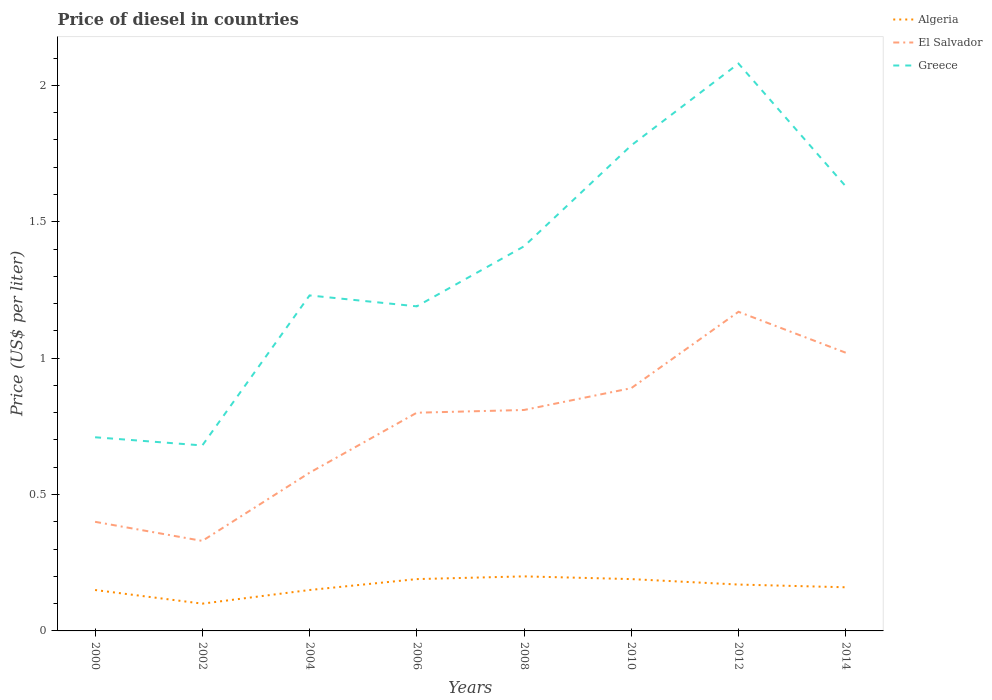
| Years | Algeria | El Salvador | Greece |
 | --- | --- | --- | --- |
 | 2000 | 0.15 | 0.4 | 0.71 |
 | 2002 | 0.1 | 0.33 | 0.68 |
 | 2004 | 0.15 | 0.58 | 1.23 |
 | 2006 | 0.19 | 0.8 | 1.19 |
 | 2008 | 0.2 | 0.81 | 1.41 |
 | 2010 | 0.19 | 0.89 | 1.78 |
 | 2012 | 0.17 | 1.17 | 2.08 |
 | 2014 | 0.16 | 1.02 | 1.63 |